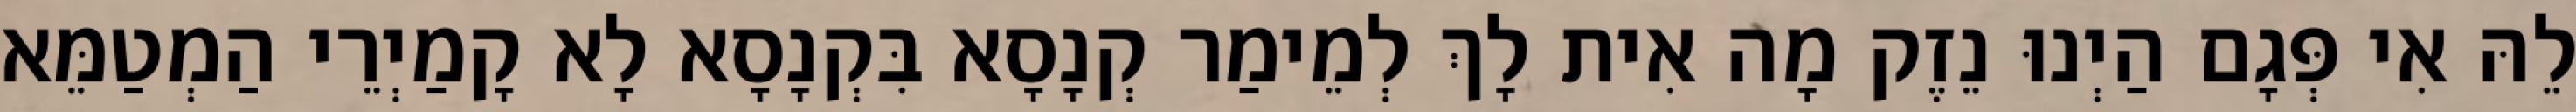
לֵהּ אִי פְּגָם הַיְנוּ נֵזֶק מָה אִית לָךְ לְמֵימַר קְנָסָא בִּקְנָסָא לָא קָמַיְרֵי הַמְטַמֵּא